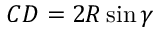
C D = 2 R \sin \gamma